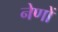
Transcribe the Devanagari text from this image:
नेणों